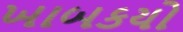
ખાબકયો